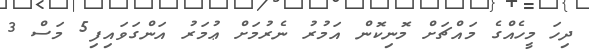
ދިހަ މީހެއްގެ މައްޗަށް މޮނިކޮން އަމުރު ނެރުމަށް ޢުމަރު އަންގަވައިފި5 މަސް 3